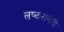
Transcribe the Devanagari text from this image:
लष्करानेही